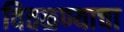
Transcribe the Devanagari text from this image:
वितळण्याचा